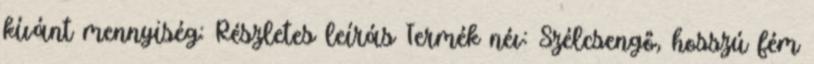
kívánt mennyiség: Részletes leírás Termék név: Szélcsengő, hosszú fém